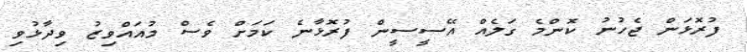
ފުރޮޅަން ޖެހުނު ކޮންމެ ގަލެއް އޭސީސީން ފުރޮޅާނެ ކަމަށް ވެސް މުއައްވިޒު ވިދާޅުވި